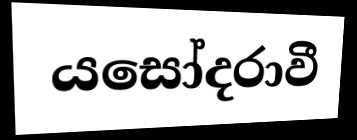
යසෝදරාවී